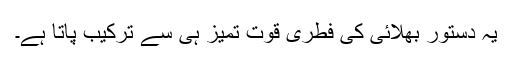
یہ دستور بھلائی کی فطری قوتِ تمیز ہی سے ترکیب پاتا ہے۔